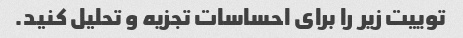
توییت زیر را برای احساسات تجزیه و تحلیل کنید.